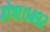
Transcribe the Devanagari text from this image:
होगा।१४९२